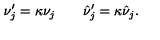
\nu _ { j } ^ { \prime } = \kappa \nu _ { j } \quad \quad \hat { \nu } _ { j } ^ { \prime } = \kappa \hat { \nu } _ { j } .